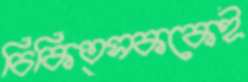
চিকিত্সককেই